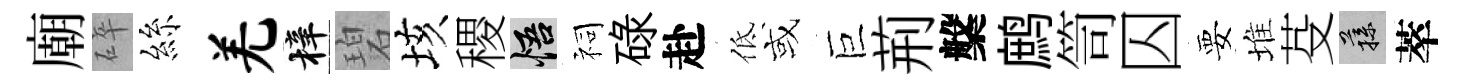
廟碎絲羌梓碧垓稷悟祠碌赴低或巨荊槃鹧笥囚要堆芟蓀萃